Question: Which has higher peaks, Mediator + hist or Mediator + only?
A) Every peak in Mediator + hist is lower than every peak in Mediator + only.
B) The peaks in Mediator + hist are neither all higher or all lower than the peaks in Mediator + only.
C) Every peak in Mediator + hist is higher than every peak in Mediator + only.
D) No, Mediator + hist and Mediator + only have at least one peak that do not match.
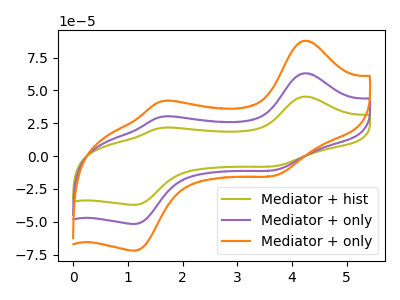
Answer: <think>The olive curve "Mediator + hist" has anodic peaks at (4.25V, 45.30uA) (1.60V, 21.55uA) and cathodic peaks at (3.70V, -7.65uA) (1.15V, -37.15uA). The purple curve "Mediator + only" has anodic peaks at (4.25V, 63.10uA) (1.60V, 30.00uA) and cathodic peaks at (3.70V, -10.65uA) (1.15V, -51.75uA). The orange curve "Mediator + only" has anodic peaks at (4.25V, 126.25uA) (1.60V, 60.00uA) and cathodic peaks at (3.70V, -21.30uA) (1.15V, -103.50uA).</think>
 <answer>A) Every peak in "Mediator + hist" is lower than every peak in "Mediator + only".</answer>
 <eval>A</eval>